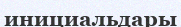
инициальдары